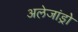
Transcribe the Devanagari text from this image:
अलेजांड्रो